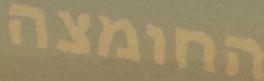
החומצה